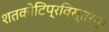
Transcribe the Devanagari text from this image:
शतकोटिप्रविस्तरम्‌।